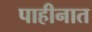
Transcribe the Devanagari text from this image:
पाहीनात